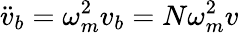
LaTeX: \ddot{v}_{b}=\omega_{m}^{2}v_{b}=N\omega_{m}^{2}v